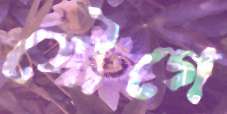
যৌগে